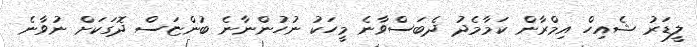
ލީޑަރު ޝެއިހް އިމްރާން ކަމާމެދު ދެބަސްވާނެ މީހަކު ނުހުންނާނެ ބުންޏަސް ދޮގަކަށް ނުވާނެ